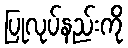
ပြုလုပ်နည်းကို